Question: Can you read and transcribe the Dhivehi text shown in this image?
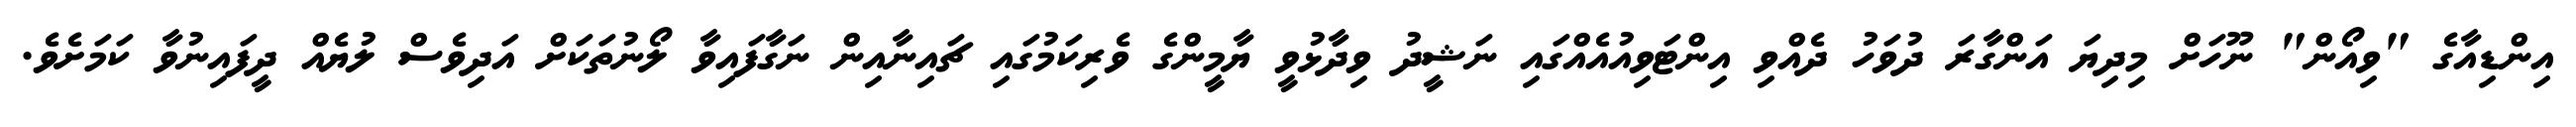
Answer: އިންޑިއާގެ "ވިއޯން" ނޫހަށް މިދިޔަ އަންގާރަ ދުވަހު ދެއްވި އިންޓަވިއުއެއްގައި ނަޝީދު ވިދާޅުވީ ޔާމީންގެ ވެރިކަމުގައި ޗައިނާއިން ނަގާފައިވާ ލޯނުތަކަށް އަދިވެސް ލުޔެއް ދީފައިނުވާ ކަމަށެވެ.